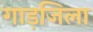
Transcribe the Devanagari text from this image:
गाड़जिला